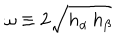
\omega \equiv 2 \sqrt { h _ { \alpha } \, h _ { \beta } }